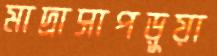
মাদ্রাসাপড়ুয়া